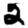
Digit: 2